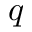
q